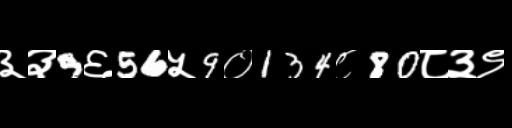
Text: ३३9६56५9०134८80८३९